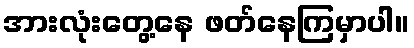
အားလုံးတွေ့နေ ဖတ်နေကြမှာပါ။